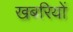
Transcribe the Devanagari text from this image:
खबरियों